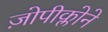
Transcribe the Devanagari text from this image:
ज़ोपीक्लोने